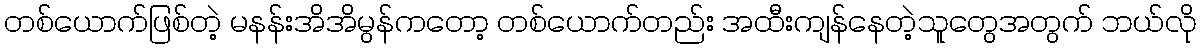
တစ်ယောက်ဖြစ်တဲ့ မနန်းအိအိမွန်ကတော့ တစ်ယောက်တည်း အထီးကျန်နေတဲ့သူတွေအတွက် ဘယ်လို